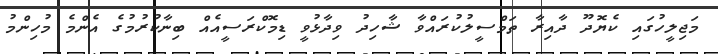
މަޖިލީހުގައި ކެޔޮދޫ ދާއިރާ ތަމްސީލުކުރައްވާ ޝާހިދު ވިދާޅުވީ ޑިމޮކްރަސީއެއް ބިނާކުރުމުގެ އެންމެ މުހިންމު